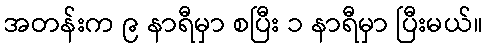
အတန်းက ၉ နာရီမှာ စပြီး ၁ နာရီမှာ ပြီးမယ်။